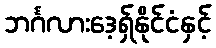
ဘင်္ဂလားဒေ့ရှ်နိုင်ငံနှင့်